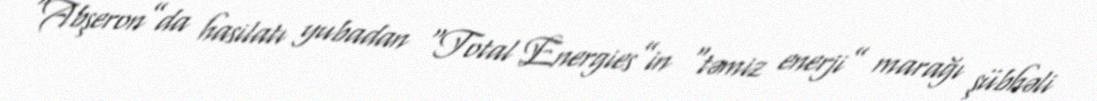
“Abşeron”da hasilatı yubadan “Total Energies”in “təmiz enerji” marağı şübhəli